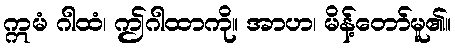
ဣမံ ဂါထံ၊ ဤဂါထာကို။ အာဟ၊ မိန့်တော်မူ၏။